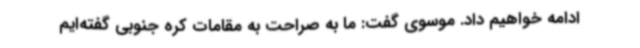
ادامه خواهیم داد. موسوی گفت: ما به صراحت به مقامات کره جنوبی گفته‌ایم